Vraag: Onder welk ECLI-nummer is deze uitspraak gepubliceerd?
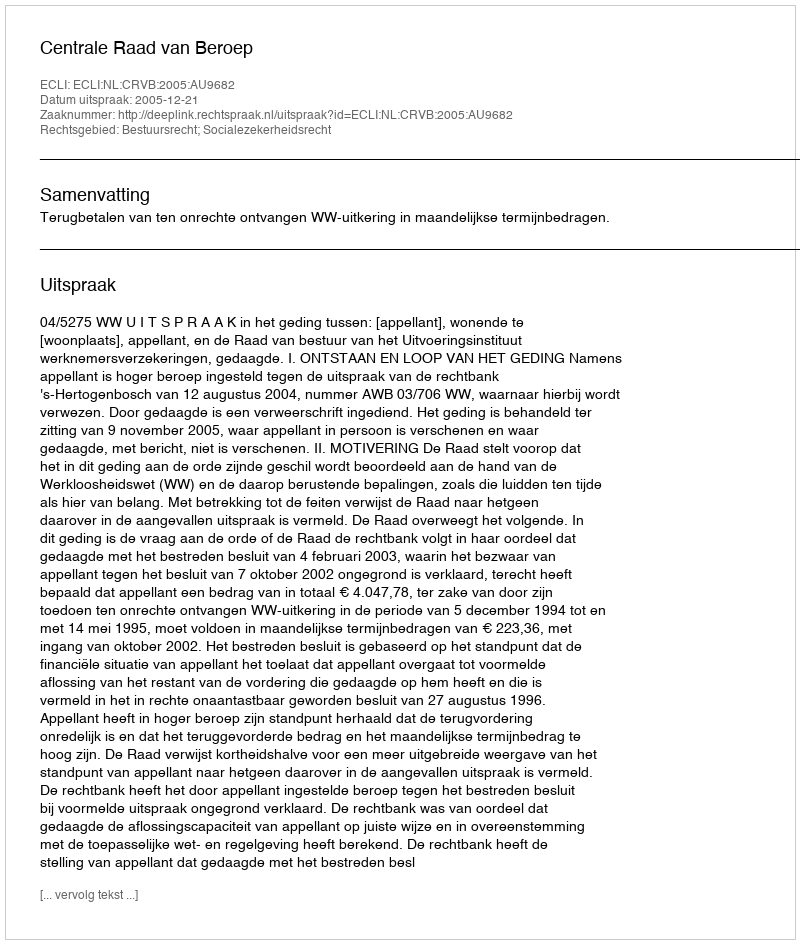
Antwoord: ECLI:NL:CRVB:2005:AU9682